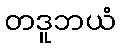
တဒူဘယံ